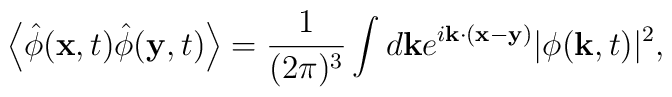
\left< \hat{\phi}({\bf x}, t)\hat{\phi}({\bf y}, t) \right> =\frac{1}{(2\pi)^3} \int d{\bf k}e^{i {\bf k} \cdot ( {\bf x}  -{\bf y})} |\phi( {\bf k}, t)|^2,